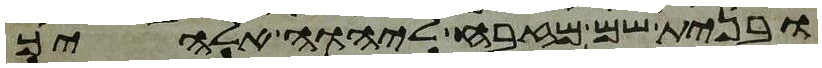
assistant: ובנית שם מזבח ליהוה אלהיך